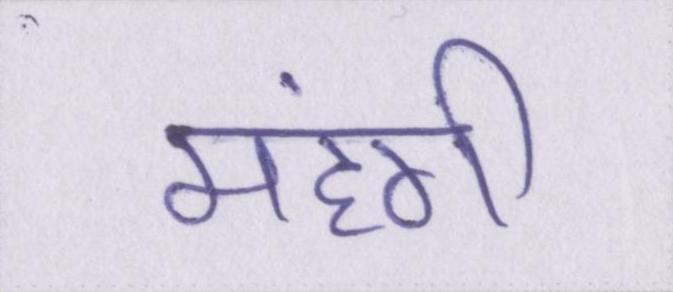
महंगी